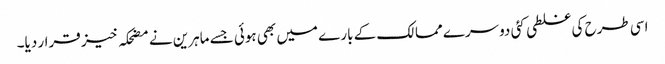
اسی طرح کی غلطی کئی دوسرے ممالک کے بارے میں بھی ہوئی جسے ماہرین نے مضحکہ خیز قرار دیا۔